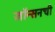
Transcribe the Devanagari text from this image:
जॉन्सनची